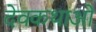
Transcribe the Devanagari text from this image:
देवकथाओं